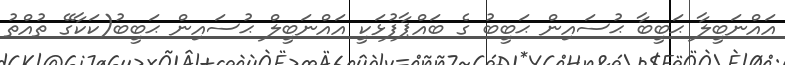
އައްނަބީލާ ޙަބީބާ ޙުސައިން ޙަބީބު ގެ ބައްޕާފުޅަކީ އައްނަބީލް ޙުސައިން ޙަބީބު(ކަކާގޭ ތުއްތު